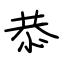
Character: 恭